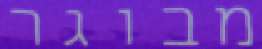
מבוגר